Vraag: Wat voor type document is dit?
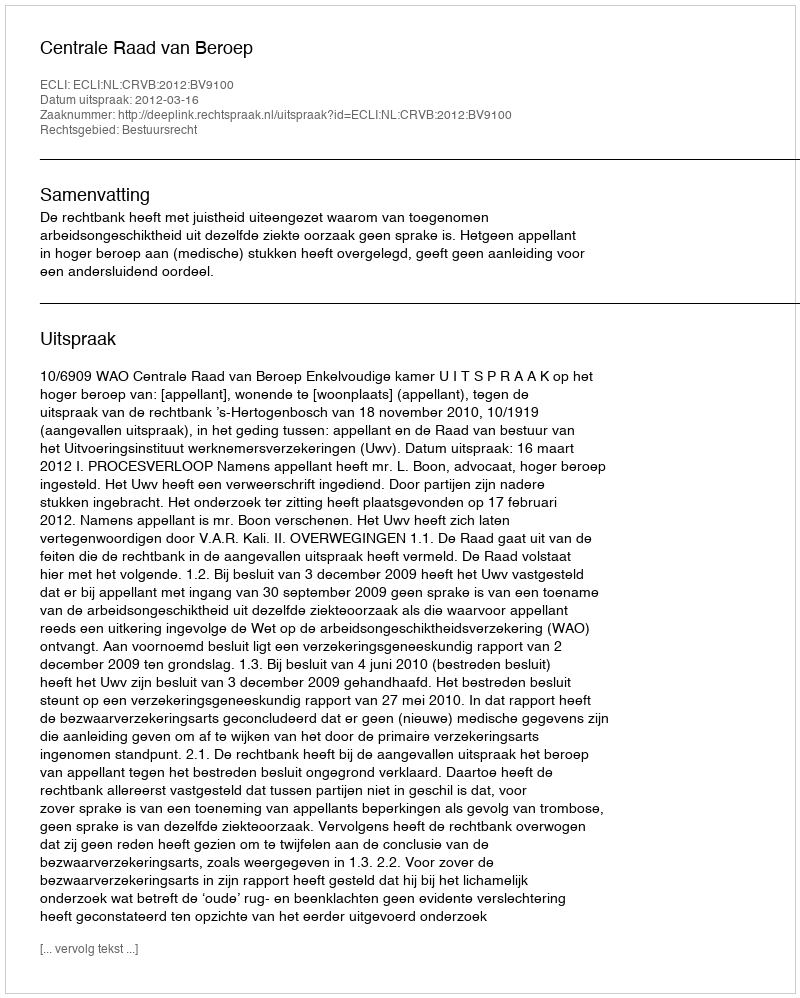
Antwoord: Uitspraak